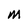
Character: M